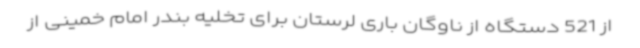
از 521 دستگاه از ناوگان باری لرستان برای تخلیه بندر امام خمینی از